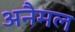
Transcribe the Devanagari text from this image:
अनैमल